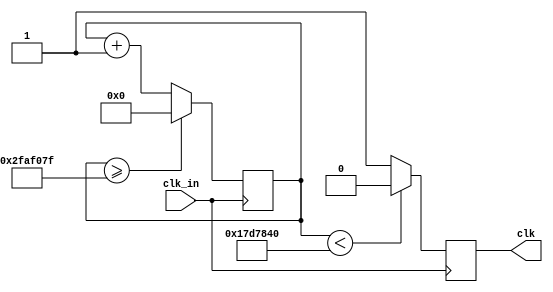
module clock_divide(clk_in, clk);
input clk_in;
output reg clk;
 reg[27:0] counter = 28'd0;
 parameter divisor =28'd50000000;
 
always @ (posedge clk_in)
begin
  counter <= counter + 28'd1;
  if(counter>=(divisor-1))
    counter<= 28'd0;
  clk<=(counter<divisor/2)?1'b0:1'b1;
end



endmodule